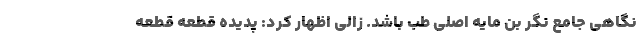
نگاهی جامع نگر بن مایه اصلی طب باشد. زالی اظهار کرد: پدیده قطعه قطعه